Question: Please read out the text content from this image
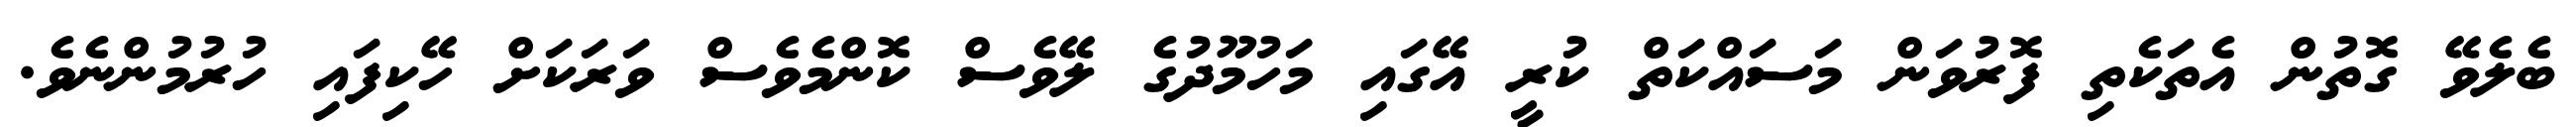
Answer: ބެލެވޭ ގޮތުން އެތަކެތި ފޮރުވަން މަސައްކަތް ކުރީ އޭގައި މަހުމޫދުގެ ލޭވެސް ކޮންމެވެސް ވަރަކަށް ހޭކިފައި ހުރުމުންނެވެ.